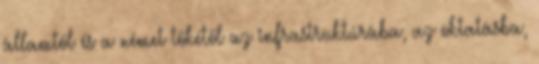
államtól és a német tőkétől az infrastruktúrába, az oktatásba,